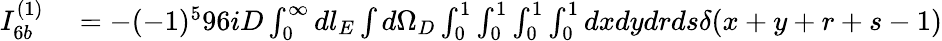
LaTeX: \begin{array}{rl}{I_{6b}^{(1)}}&{{}=-(-1)^{5}96iD\int_{0}^{\infty}dl_{E}\int d\Omega_{D}\int_{0}^{1}\int_{0}^{1}\int_{0}^{1}\int_{0}^{1}dxdydrds\delta(x+y+r+s-1)}\end{array}